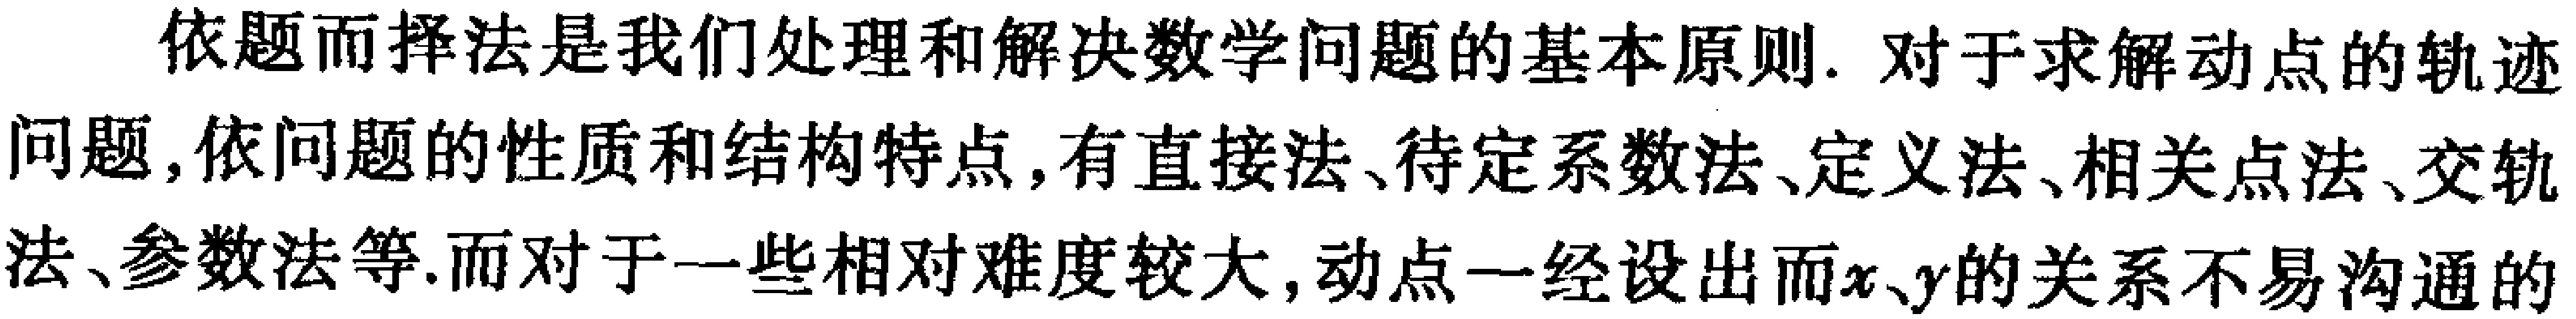
依题而择法是我们处理和解决数学问题的基本原则. 对于求解动点的轨迹问题, 依问题的性质和结构特点, 有直接法、待定系数法、定义法、相关点法、交轨法、参数法等. 而对于一些相对难度较大, 动点一经设出而\(x、y\)的关系不易沟通的